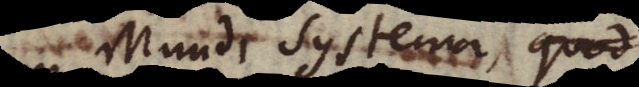
Mundi Systema, quod